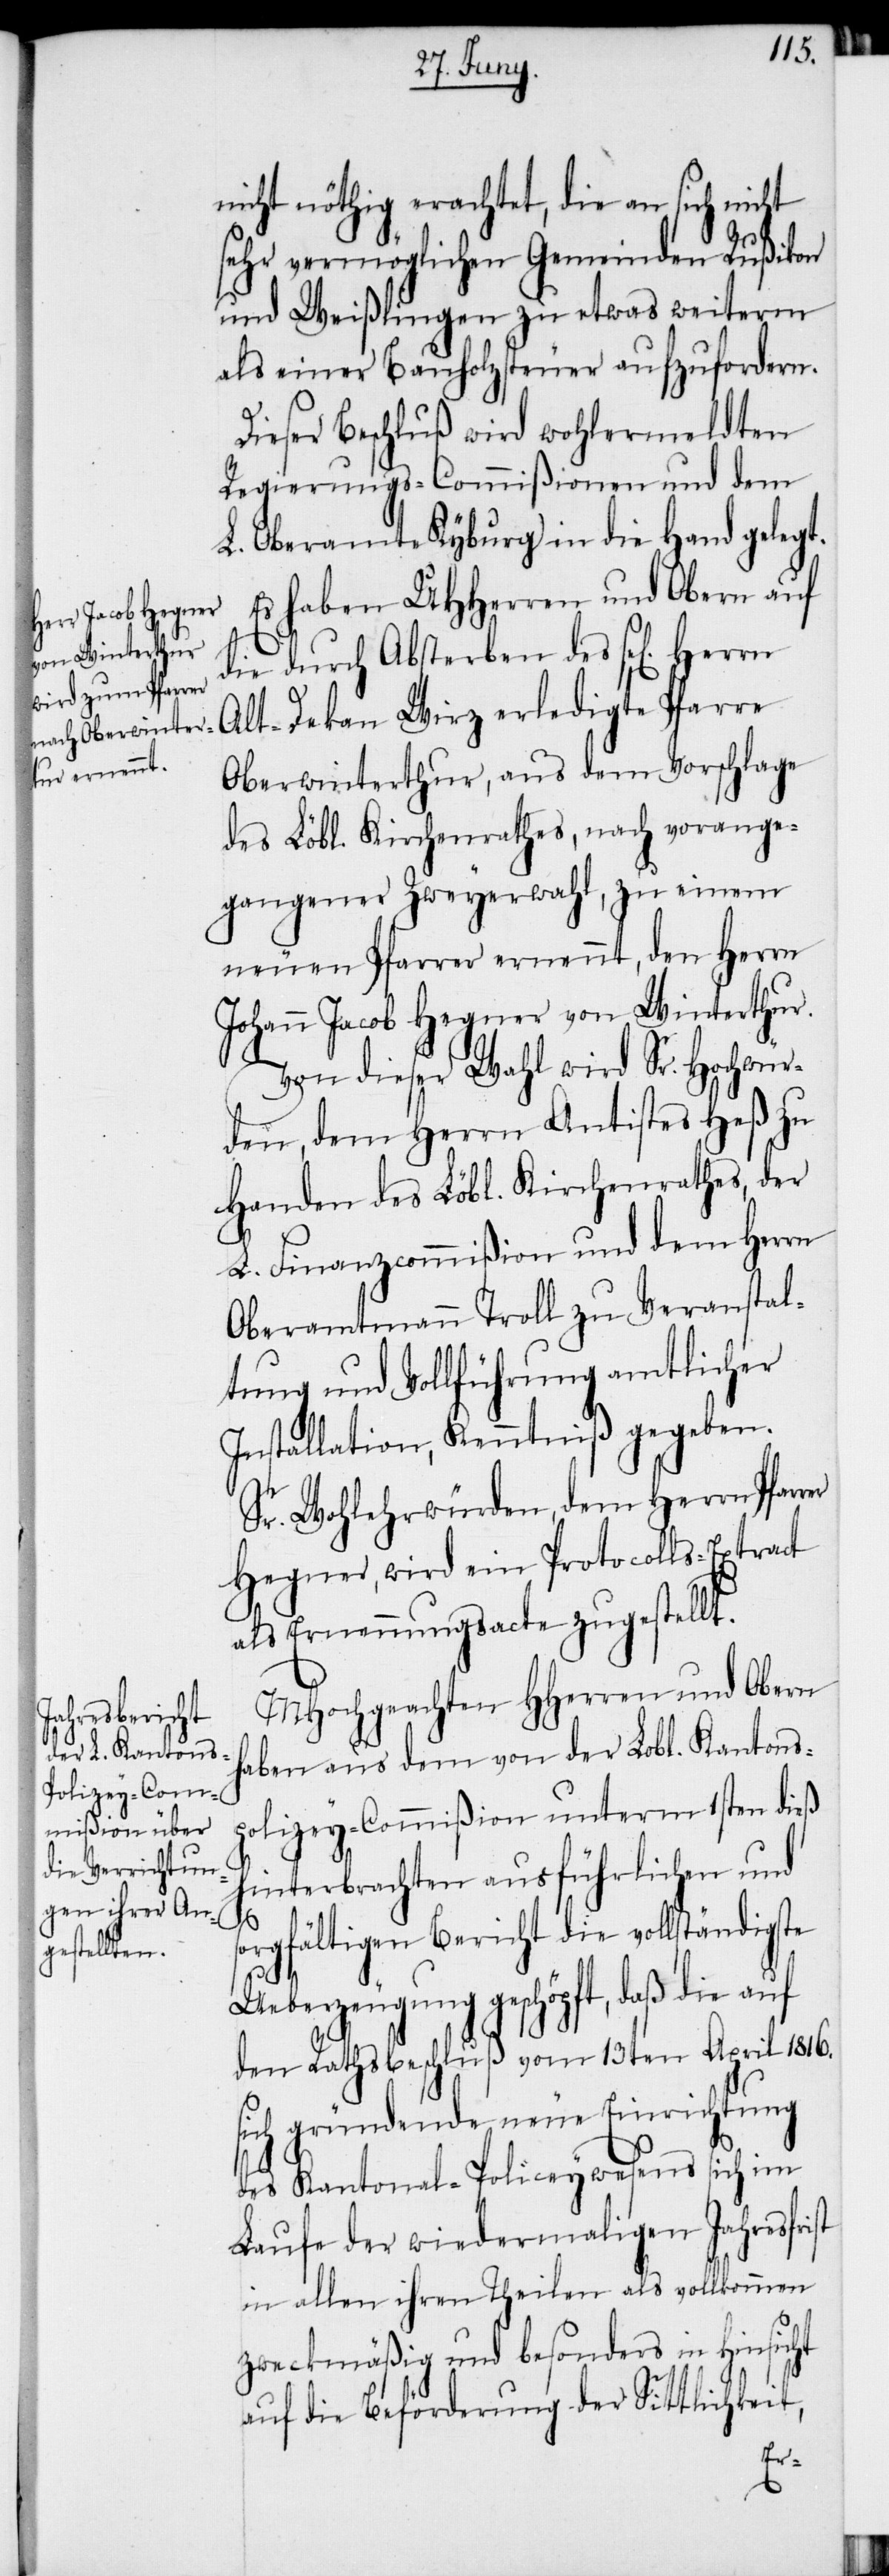
nicht nöthig erachtet, die an sich
sehr vermöglichen Gemeinden Rußikon
und Weißlingen zu etwas weiterm
als einer Bauholzsteuer aufzufordern.
Dieser Beschluß wird wohlermeldten
Regierungs-Commißionen und dem
L. Oberamte Kyburg in die Hand gelegt.
Es haben UHHerren und Obern auf
die durch Absterben des sel[igen]
Herrn Alt-Dekan Wirz erledigte Pfarre
Oberwinterthur, aus dem Vorschlage
des Löbl. Kirchenrathes, nach vorange¬
gangener Zweyerwahl, zu einem
neuen Pfarrer ernennt, den Herrn
Johann Jacob Hegner von Winterthur.
Von dieser Wahl wird Sr. Hochwür¬
den, dem Herrn Antistes Heß zu
Handen des Löbl. Kirchenrathes, der
L. Finanzcommißion und dem Herrn
Oberamtmann Troll zu Veranstal¬
tung und Vollführung amtlicher
Installation, Kenntniß gegeben.
Sr Wohlehrwürden, dem Herrn Pfarr¬
Hegner, wird ein Protocolls-Extract
als Ernennungsacte zugestellt.
MHochgeachten HHerren und Obern
haben aus dem von der Lobl. Kantons¬
polizey-Commißion unterm 1sten dieß
hinterbrachten ausführlichen und
s¬
orgfältigen Bericht die vollständigste
s¬
Ueberzeugung geschöpft, daß die auf
den Rathsbeschluß vom 13ten April 1816.
ich gründende neue Einrichtung
des Kantonal-Policeywesens sich im
Laufe der wiedermaligen Jahresfrist
in allen ihren Theilen als vollkommen
zweckmäßig und besonders in Hinsicht
auf die Beförderung der Sittlichkeit,